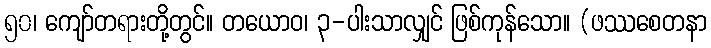
၅၀၊ ကျော်တရားတို့တွင်။ တယောဝ၊ ၃-ပါးသာလျှင် ဖြစ်ကုန်သော။ (ဖဿစေတနာ